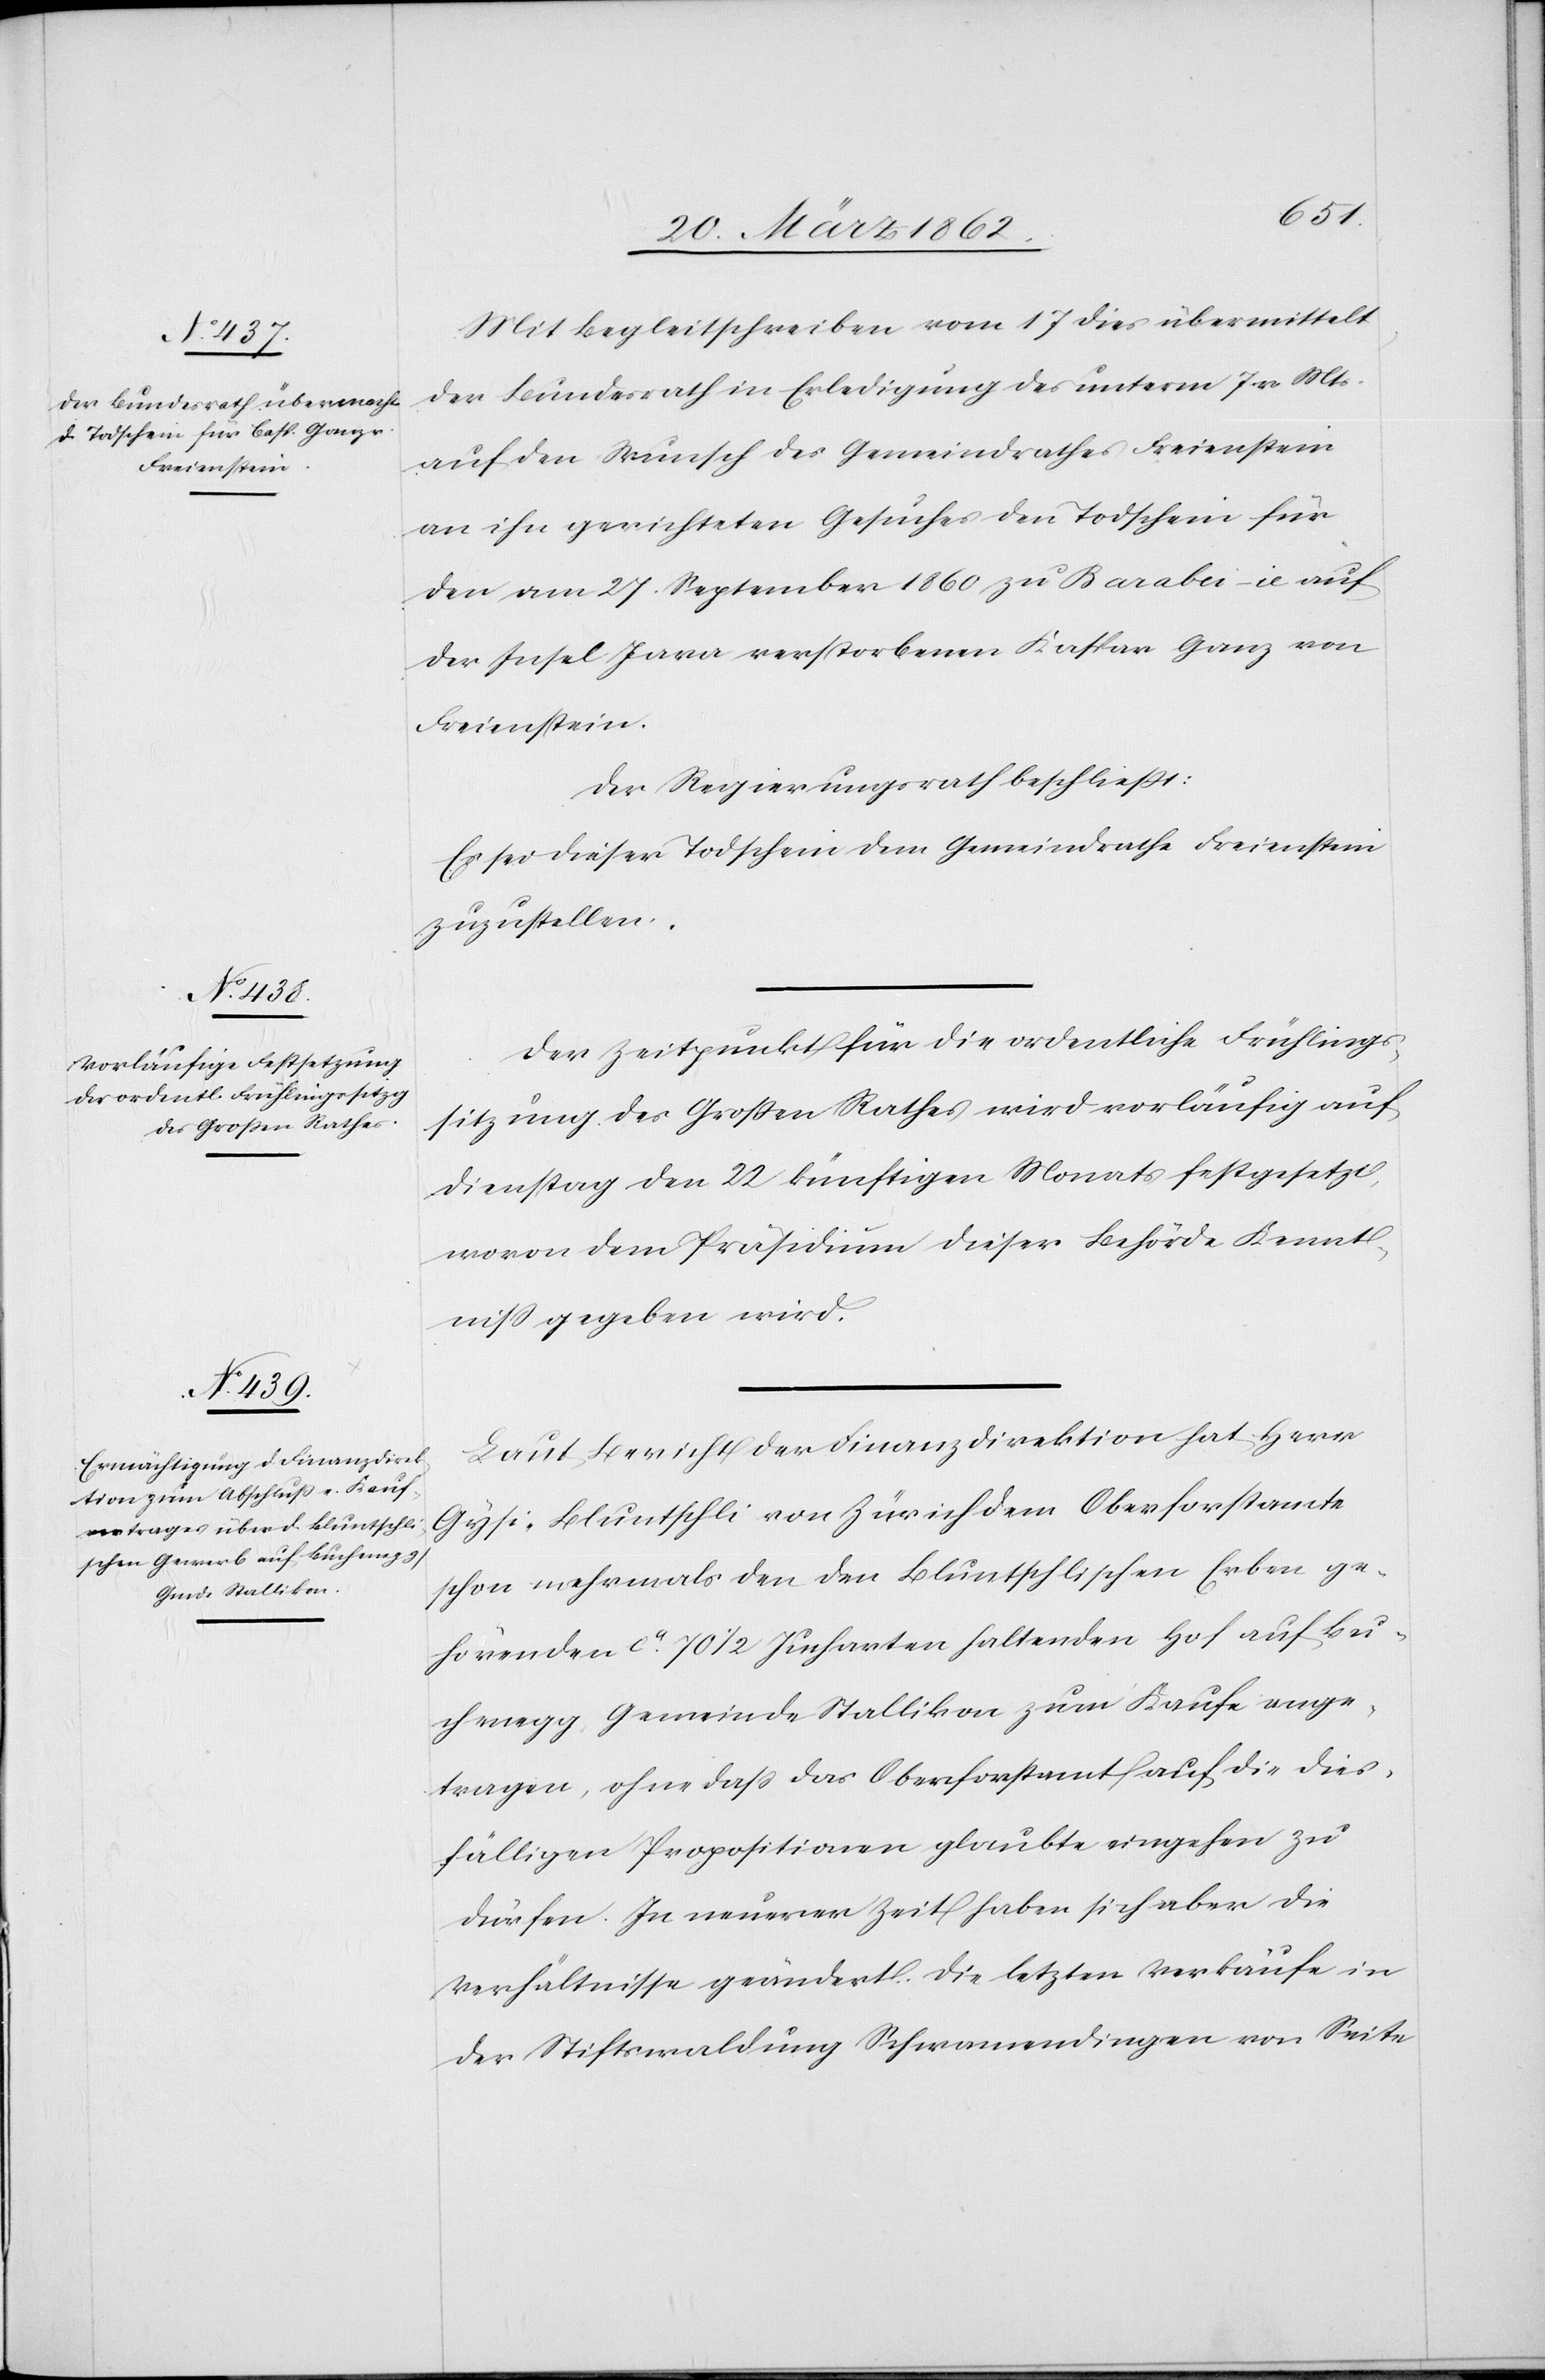
Mit Begleitschreiben vom 17 dies übermittelt
der Bundesrath in Erledigung des unterm 7 v. Mts.
auf den Wunsch des Gemeindrathes Freienstein
an ihn gerichteten Gesuches den Todschein für
den am 27. September 1860 zu Barabei – ie auf
der Insel Java verstorbenen Kaspar Ganz von
Freienstein.
Der Regierungsrath beschließt:
Es sei dieser Todschein dem Gemeindrathe Freienstein
zuzustellen.
Der Zeitpunkt für die ordentliche Frühlings¬
sitzung des Großen Rathes wird vorläufig auf
Dienstag den 22 künftigen Monats festgesetzt,
wovon dem Präsidium dieser Behörde Kennt¬
niß gegeben wird.
Laut Bericht der Finanzdirektion hat Herr
Gysi-Bluntschli von Zürich dem Oberforstamte
schon mehrmals den den Bluntschlischen Erben ge¬
hörenden ca. 70 1/2 Jucharten haltenden Hof auf Bu¬
chenegg Gemeinde Stallikon zum Kaufe ange¬
tragen, ohne daß das Oberforstamt auf die dies¬
fälligen Propositionen glaubte eingehen zu
dürfen. In neuerer Zeit haben sich die V¬
erhältnisse geändert. Die letzten Verkäufe in
der Stiftswaldung Schwamendingen von Seite